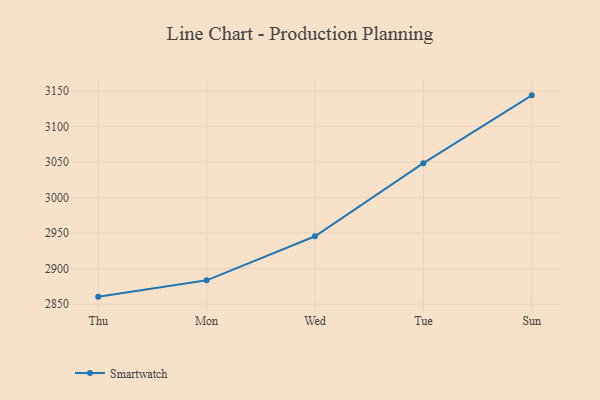
{"axis": {"x": "Day", "y": "Production Output"}, "legend": ["Smartwatch"], "data": [{"x": "Thu", "y": 2860.5, "type": "Smartwatch"}, {"x": "Mon", "y": 2883.5, "type": "Smartwatch"}, {"x": "Wed", "y": 2945.5, "type": "Smartwatch"}, {"x": "Tue", "y": 3048.3, "type": "Smartwatch"}, {"x": "Sun", "y": 3143.8, "type": "Smartwatch"}]}